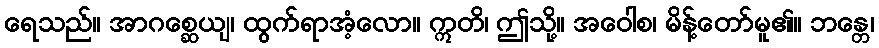
ရေသည်။ အာဂစ္ဆေယျ၊ ထွက်ရာအံ့လော။ ဣတိ၊ ဤသို့။ အဝေါစ၊ မိန့်တော်မူ၏။ ဘန္တေ၊